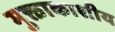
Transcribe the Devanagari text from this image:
मुक्ताकाशीय